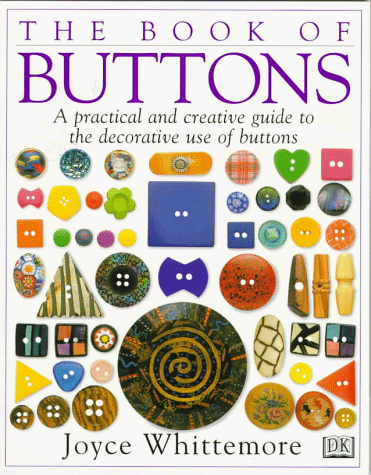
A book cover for Book Of Buttons; Joyce Whittemore; Crafts, Hobbies & Home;